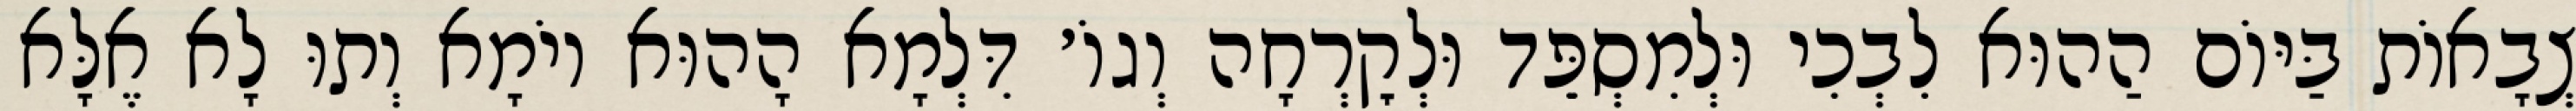
צְבָאוֹת בַּיּוֹם הַהוּא לִבְכִי וּלְמִסְפֵּד וּלְקׇרְחָה וְגוֹ׳ דִּלְמָא הָהוּא יוֹמָא וְתוּ לָא אֶלָּא